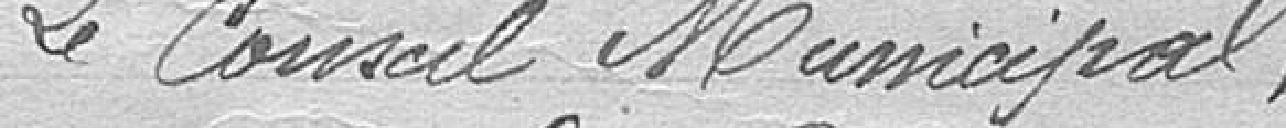
Le Conseil Municipal,